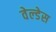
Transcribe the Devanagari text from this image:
वेल्‍डेस